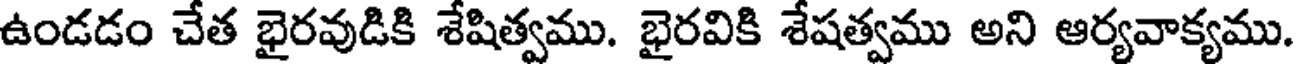
ఉండడం చేత భైరవుడికి శేషిత్వము. భైరవికి శేషత్వము అని ఆర్యవాక్యము.